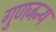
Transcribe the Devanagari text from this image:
गुणजन्य